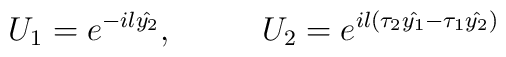
U_1=e^{-il\hat{y_2}},~~~~~~~~U_2=e^{il(\tau_2\hat{y_1}-\tau_1\hat{y_2})}